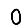
Digit: 0